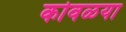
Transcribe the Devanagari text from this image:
कोवळया